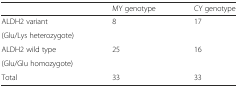
<table><thead><tr><td></td><td><b>MY genotype</b></td><td><b>CY genotype</b></td></tr></thead><tbody><tr><td>ALDH2 variant</td><td rowspan="2">8</td><td rowspan="2">17</td></tr><tr><td>(Glu/Lys heterozygote)</td></tr><tr><td>ALDH2 wild type</td><td rowspan="2">25</td><td rowspan="2">16</td></tr><tr><td>(Glu/Glu homozygote)</td></tr><tr><td>Total</td><td>33</td><td>33</td></tr></tbody></table>